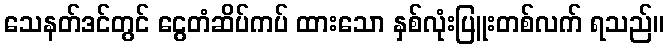
သေနတ်ဒင်တွင် ငွေတံဆိပ်ကပ် ထားသော နှစ်လုံးပြူးတစ်လက် ရသည်။